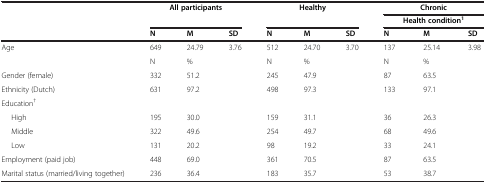
<table><thead><tr><td rowspan="2"><b> </b></td><td rowspan="2" colspan="3"><b>All participants</b></td><td rowspan="2" colspan="3"><b>Healthy</b></td><td colspan="3"><b>Chronic</b></td></tr><tr><td colspan="3"><b>Health condition<sup>1</sup></b></td></tr><tr><td><b> </b></td><td><b>N</b></td><td><b>M</b></td><td><b>SD</b></td><td><b>N</b></td><td><b>M</b></td><td><b>SD</b></td><td><b>N</b></td><td><b>M</b></td><td><b>SD</b></td></tr></thead><tbody><tr><td>Age</td><td>649</td><td>24.79</td><td>3.76</td><td>512</td><td>24.70</td><td>3.70</td><td>137</td><td>25.14</td><td>3.98</td></tr><tr><td> </td><td>N</td><td>%</td><td> </td><td>N</td><td>%</td><td> </td><td>N</td><td>%</td><td> </td></tr><tr><td>Gender (female)</td><td>332</td><td>51.2</td><td> </td><td>245</td><td>47.9</td><td> </td><td>87</td><td>63.5</td><td> </td></tr><tr><td>Ethnicity (Dutch)</td><td>631</td><td>97.2</td><td> </td><td>498</td><td>97.3</td><td> </td><td>133</td><td>97.1</td><td> </td></tr><tr><td>Education<sup>†</sup></td><td> </td><td> </td><td> </td><td> </td><td> </td><td> </td><td> </td><td> </td><td> </td></tr><tr><td>High</td><td>195</td><td>30.0</td><td> </td><td>159</td><td>31.1</td><td> </td><td>36</td><td>26.3</td><td> </td></tr><tr><td>Middle</td><td>322</td><td>49.6</td><td> </td><td>254</td><td>49.7</td><td> </td><td>68</td><td>49.6</td><td> </td></tr><tr><td>Low</td><td>131</td><td>20.2</td><td> </td><td>98</td><td>19.2</td><td> </td><td>33</td><td>24.1</td><td> </td></tr><tr><td>Employment (paid job)</td><td>448</td><td>69.0</td><td> </td><td>361</td><td>70.5</td><td> </td><td>87</td><td>63.5</td><td> </td></tr><tr><td>Marital status (married/living together)</td><td>236</td><td>36.4</td><td> </td><td>183</td><td>35.7</td><td> </td><td>53</td><td>38.7</td><td> </td></tr></tbody></table>